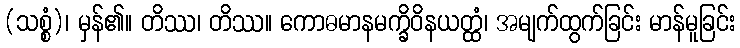
(သစ္စံ)၊ မှန်၏။ တိဿ၊ တိဿ။ ကောဓမာနမက္ခိဝိနယတ္ထံ၊ အမျက်ထွက်ခြင်း မာန်မူခြင်း